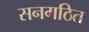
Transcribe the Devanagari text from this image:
सनगठित